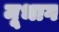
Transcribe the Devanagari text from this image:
मूभाग